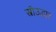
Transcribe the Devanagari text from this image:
स्त्रीउद्धार